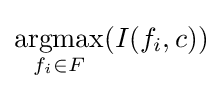
{\underset {f_{i}\in F}{\operatorname {argmax} }}(I(f_{i},c))